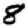
Digit: 8